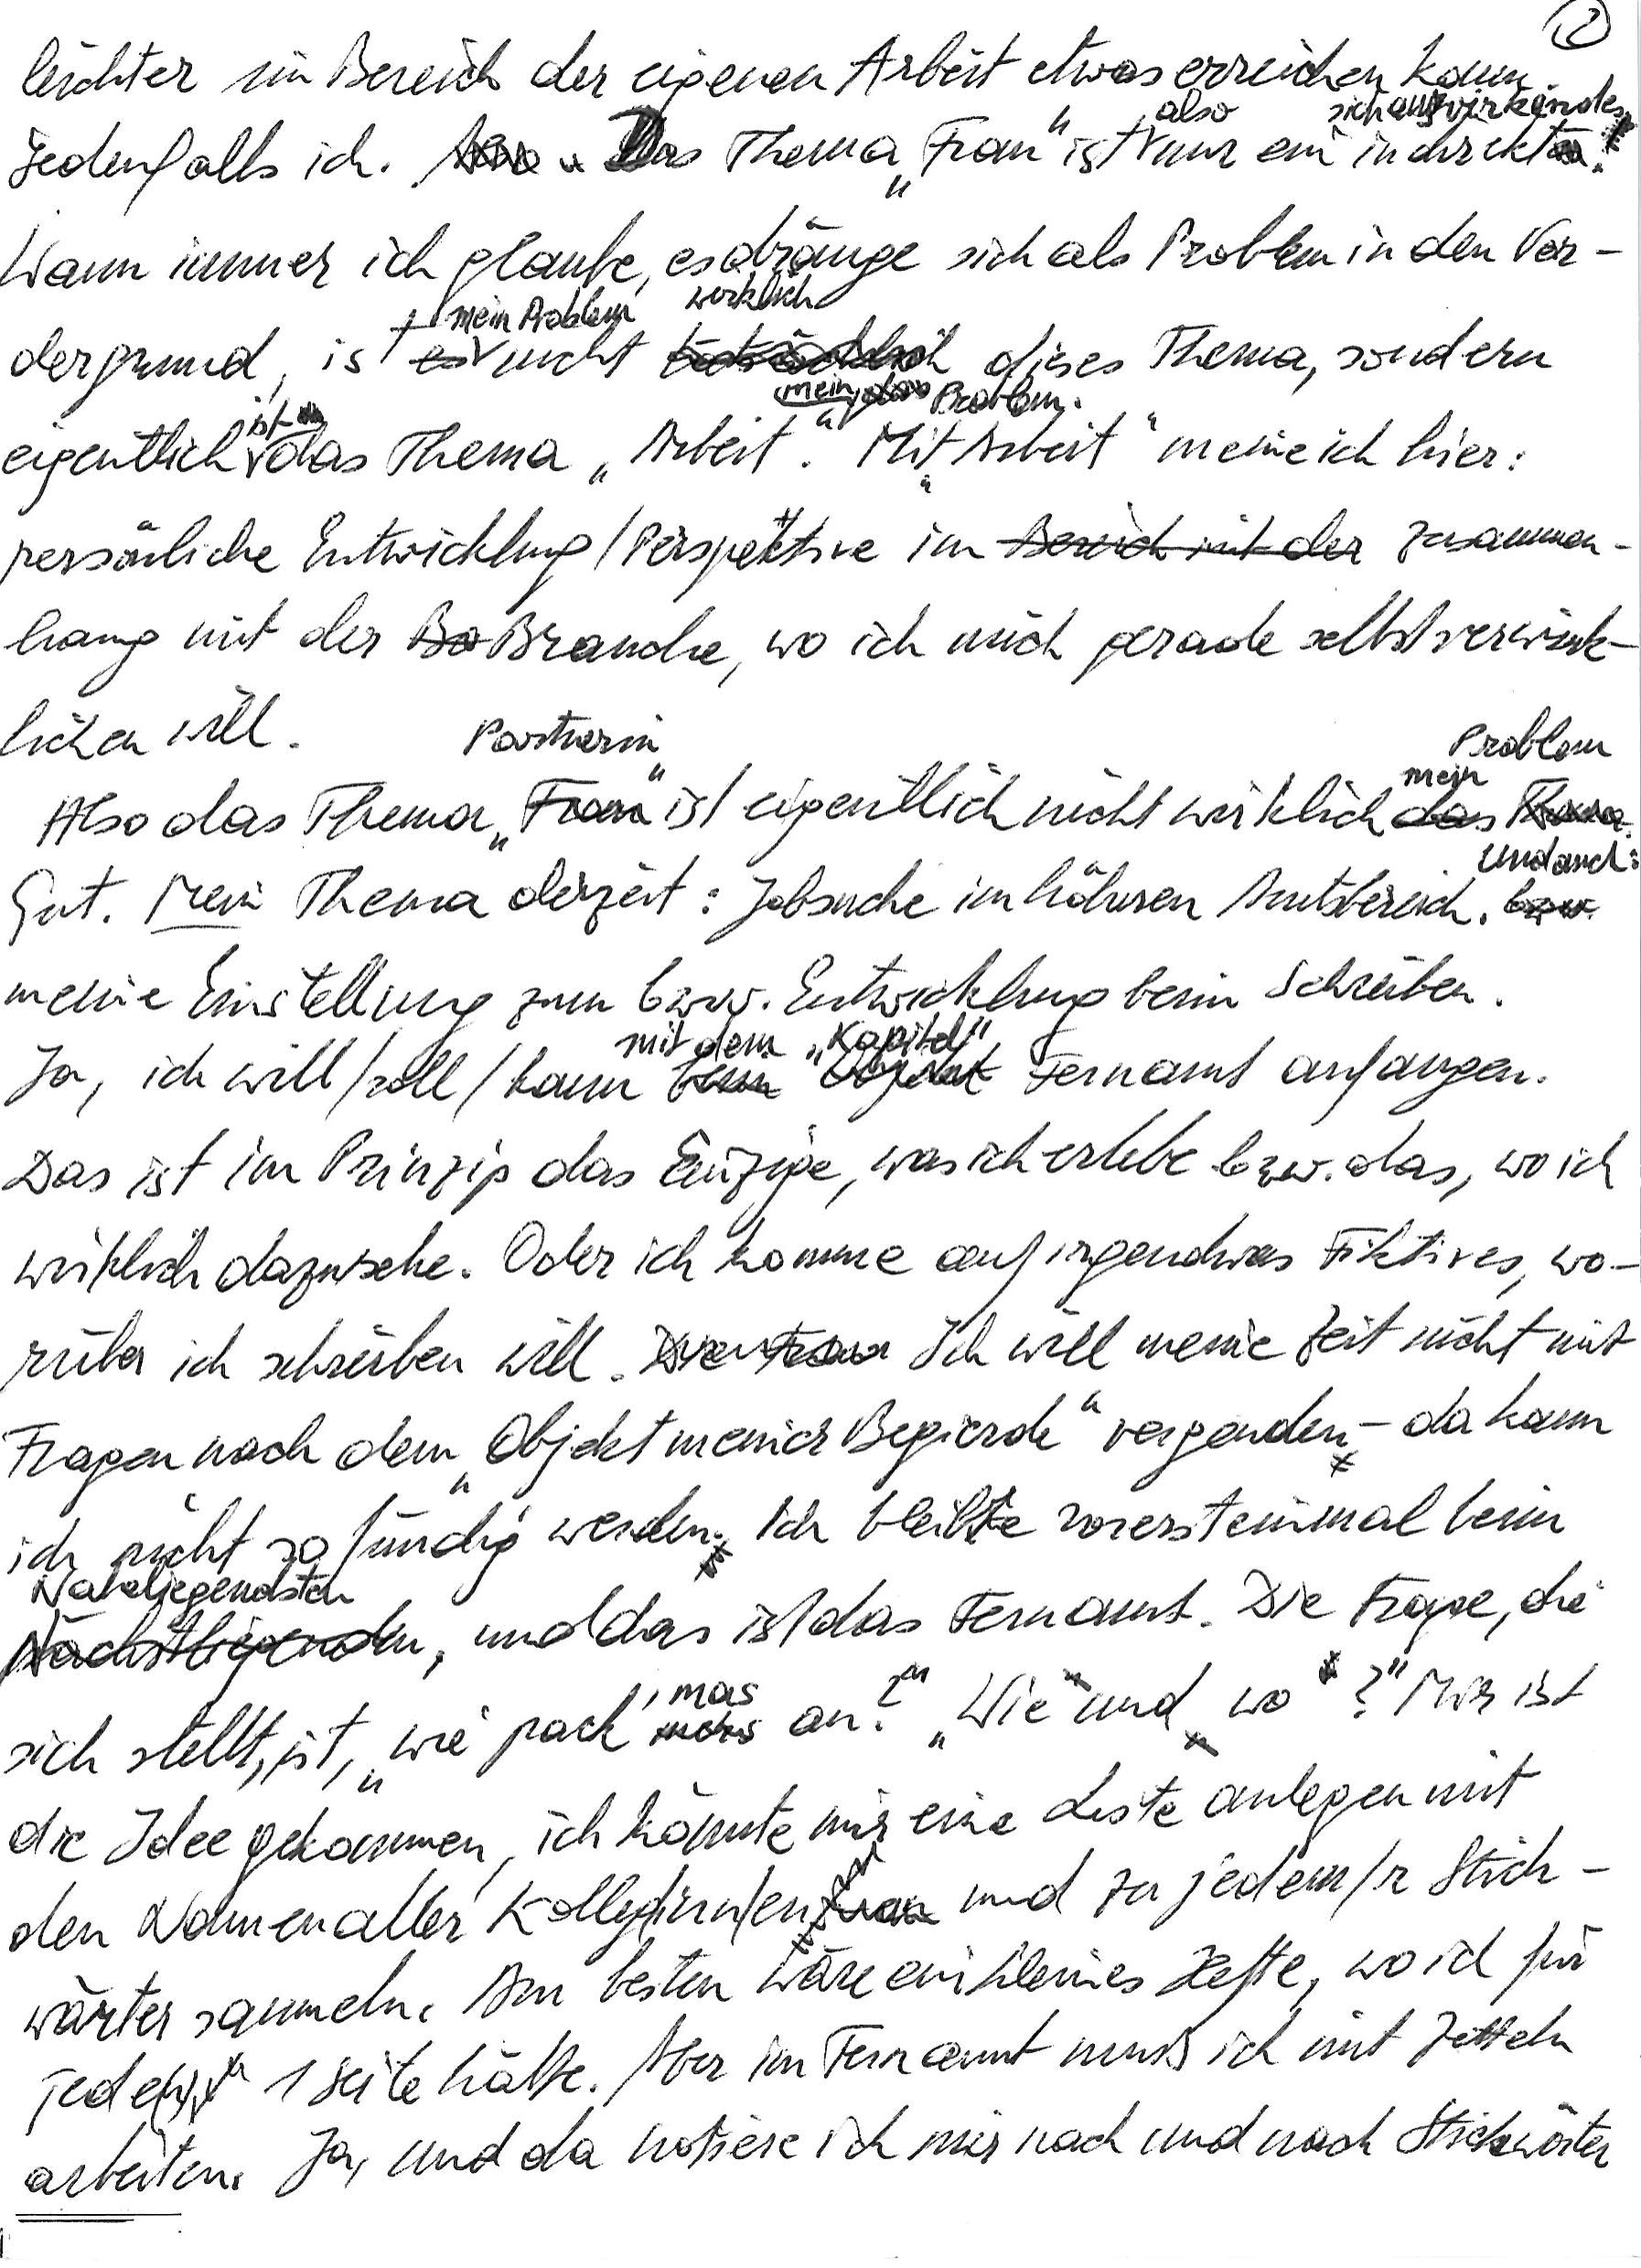
leichter im Bereich der eigenen Arbeit etwas erreichen kann.
Jedenfalls ich. Das Thema „Frau“ ist also nur ein indirekt sich auswirkendes.
Wann immer ich glaube, es dränge sich als Problem in den Vor-
dergrund, ist mein Problem nicht wirklich dieses Thema, sondern
eigentlich ist das Thema „Arbeit“ mein Problem. Mit „Arbeit“ meine ich hier:
persönliche Entwicklung/Perspektive im Zusammen-
hang mit der Branche, wo ich mich gerade selbstverwirk-
lichen will.
Also das Thema „Partnerin“ ist eigentlich nicht wirklich mein Problem.
Gut. Mein Thema derzeit: Jobsuche im höheren Amtsbereich. Und auch:
meine Einstellung zum bzw. Entwicklung beim Schreiben.
Ja, ich will/soll/kann mit dem „Kapitel“ Fernamt anfangen.
Das ist im Prinzip das Einzige, was ich erlebe bzw. das, wo ich
wirklich dazusehe. Oder ich komme auf irgendwas Fiktives, wo-
rüber ich schreiben will. Ich will meine Zeit nicht mit
Fragen nach dem „Objekt meiner Begierde“ vergeuden – da kann
ich nicht so fündig werden. Ich bleibe vorerst einmal beim
Naheliegendsten, und das ist das Fernamt. Die Frage, die
sich stellt, ist, „wie pack‘ mas an?“ „Wie und wo?“ Mir ist
die Idee gekommen, ich könnte mir eine Liste anlegen mit
den Namen aller Kolleg/inn/en und zu jedem/r Stich-
wörter sammeln. Am besten wäre ein kleines Heftl, wo ich für
jede(n) 1 Seite hätte. Aber im Fernamt muß ich mit Zetteln
arbeiten. Ja, und da notiere ich mir nach und nach Stichwörter